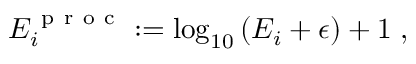
\begin{array} { r } { E _ { i } ^ { \mathrm { ~ p ~ r ~ o ~ c ~ } } : = \log _ { 1 0 } \left( E _ { i } + \epsilon \right) + 1 \; , } \end{array}